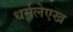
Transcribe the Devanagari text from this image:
धर्मलेएख